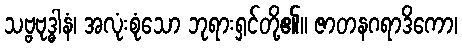
သဗ္ဗဗုဒ္ဓါနံ၊ အလုံးစုံသော ဘုရားရှင်တို့၏။ ဇာတနဂရာဒိကော၊